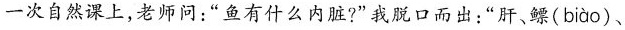
一次自然课上，老师问：”鱼有什么内脏?”我脱口而出：”肝、鳔( biào )、